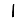
Digit: 1